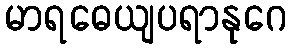
မာရဓေယျပရာနုဂေ